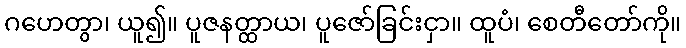
ဂဟေတွာ၊ ယူ၍။ ပူဇနတ္ထာယ၊ ပူဇော်ခြင်းငှာ။ ထူပံ၊ စေတီတော်ကို။